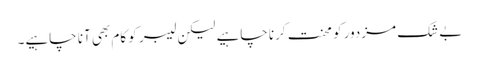
بے شک مزدور کو محنت کرنا چاہیے لیکن لیبر کو کام بھی آنا چاہیے۔